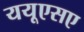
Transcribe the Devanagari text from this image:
ययूएसए